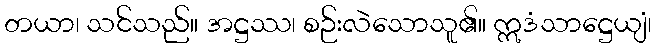
တယာ၊ သင်သည်။ အဋ္ဌဿ၊ စဉ်းလဲသောသူ၏။ ဣဒံသာဋ္ဌေယျံ၊